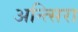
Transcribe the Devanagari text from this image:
अन्त्सिरा